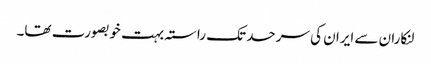
لنکاران سے ایران کی سرحد تک راستہ بہت خوبصورت تھا۔